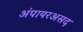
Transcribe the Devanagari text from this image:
अंपायरअसद